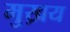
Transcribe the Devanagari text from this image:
मुख्रय